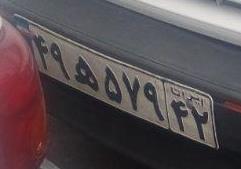
۴۹ه۵۷۹۴۲